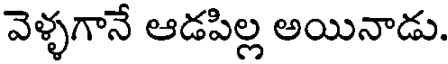
వెళ్ళగానే ఆడపిల్ల అయినాడు.